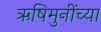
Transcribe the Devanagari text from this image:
ऋषिमुनींच्या